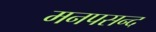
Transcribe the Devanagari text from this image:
मनपसन्द